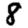
Digit: 8